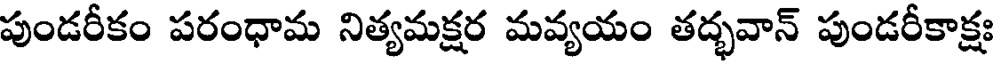
పుండరీకం పరంధామ నిత్యమక్షర మవ్యయం తద్భవాన్ పుండరీకాక్షః